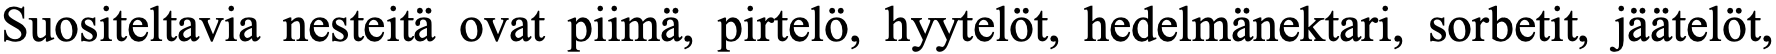
Suositeltavia nesteitä ovat piimä, pirtelö, hyytelöt, hedelmänektari, sorbetit, jäätelöt,